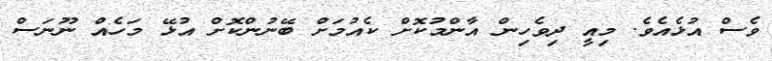
ވެސް އުޅެއެވެ. މިއީ ދިވެހިން އާންމުކޮށް ކެއުމަށް ބޭނުންކޮށް އުޅޭ މަހެއް ނޫނަސް